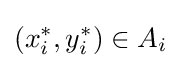
(x_{i}^{*},y_{i}^{*})\in A_{i}